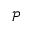
\mathcal { P }